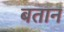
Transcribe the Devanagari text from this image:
बतान